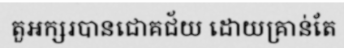
តួអក្សរបានជោគជ័យ ដោយគ្រាន់តែ